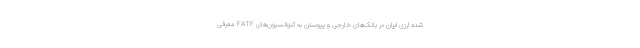
شده ارزی ایران در بانک‌های خارجی و پیوستن به کنوانسیون‌های FATF معرفی